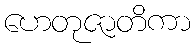
ဟေတုဇာတိကာ